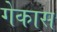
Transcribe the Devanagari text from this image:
गेकास